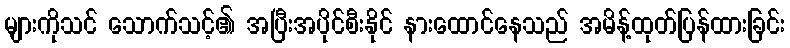
များကိုသင် သောက်သင့်၏ အပြီးအပိုင်စီးနိုင် နားထောင်နေသည် အမိန့်ထုတ်ပြန်ထားခြင်း